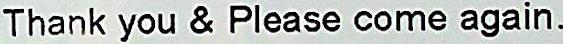
THANK YOU & PLEASE COME AGAIN.